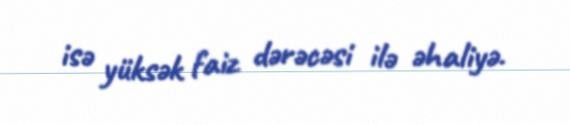
isə yüksək faiz dərəcəsi ilə əhaliyə.